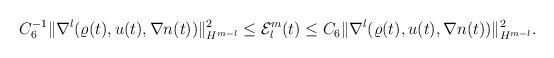
LaTeX: \begin{align*}\begin{aligned}C_6^{-1} \|\nabla^l (\varrho(t), u(t), \nabla n(t))\|_{H^{m-l}}^2\le \mathcal{E}^m_l(t)\le C_6 \|\nabla^l (\varrho(t), u(t), \nabla n(t))\|_{H^{m-l}}^2.\end{aligned}\end{align*}